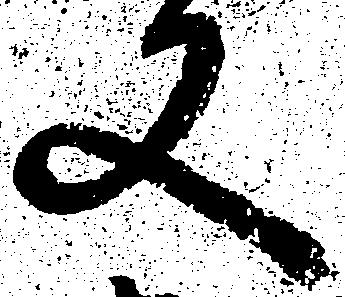
又